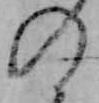
の